Annual report of the Madras Medical College
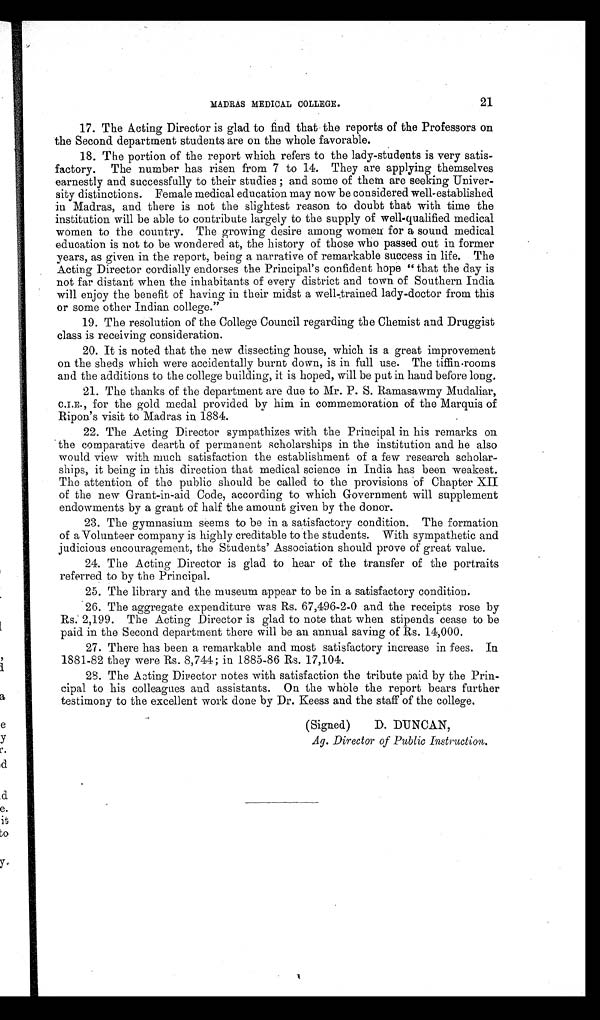
21
MADRAS MEDICAL COLLEGE.
17. The Acting Director is glad to find that the reports of the Professors on
the Second department students are on the whole favorable.
18. The portion of the report which refers to the lady¬students is very satis-
factory. The number has risen from 7 to 14. They are applying themselves
earnestly and successfully to their studies; and some of them are seeking Univer-
sity distinctions. Female medical education may now be considered well¬established
in Madras, and there is not the slightest reason to doubt that with time the
institution will be able to contribute largely to the supply of well¬qualified medical
women to the country. The growing desire among women for a sound medical
education is not to be wondered at, the history of those who passed out in former
years, as given in the report, being a narrative of remarkable success in life. The
Acting Director cordially endorses the Principal's confident hope " that the day is
not far distant when the inhabitants of every district and town of Southern India
will enjoy the benefit of having in their midst a well¬trained lady¬doctor from this
or some other Indian college."
19. The resolution of the College Council regarding the Chemist and Druggist
class is receiving consideration.
20. It is noted that the new dissecting house, which is a great improvement
on the sheds which were accidentally burnt down, is in full use. The tiffin¬rooms
and the additions to the college building, it is hoped, will be put in hand before long.
21. The thanks of the department are due to Mr. P. S. Ramasawmy Mudaliar,
C.I.E., for the gold medal provided by him in commemoration of the Marquis of
Ripon's visit to Madras in 1884.
22. The Acting Director sympathizes with the Principal in his remarks on
the comparative dearth of permanent scholarships in the institution and he also
would view with much satisfaction the establishment of a few research scholar-
ships, it being in this direction that medical science in India has been weakest.
The attention of the public should be called to the provisions of Chapter XII
of the new Grant¬in¬aid Code, according to which Government will supplement
endowments by a grant of half the amount given by the donor.
23. The gymnasium seems to be in a satisfactory condition. The formation
of a Volunteer company is highly creditable to the students. With sympathetic and
judicious encouragement, the Students' Association should prove of great value.
24. The Acting Director is glad to hear of the transfer of the portraits
referred to by the principal.
25. The library and the museum appear to be in a satisfactory condition.
2 6 . T h e a g g r e g a t e e x p e n d i t u r e w a s R s . 6 7 , 4 9 6 - 2 - 0 a n d t h e r e c e i p t s r o s e b y
Rs. 2,199. The Acting Director is glad to note that when stipends cease to be
paid in the Second department there will be an annual saving of Rs. 14,000.
26. There has been a remarkable and most satisfactory increase in fees. In
1881-82 they were Rs. 8,744; in 1885-86 Rs. 17,104.
27. The Acting Director notes with satisfaction the tribute paid by the Prin-
cipal to his colleagues and assistants. On the whole the report bears further
testimony to the excellent work done by Dr. Keess and the staff of the college.
(Signed)
D. DUNCAN,
Ag. Director of Public Instruction.